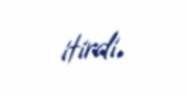
itirdi.